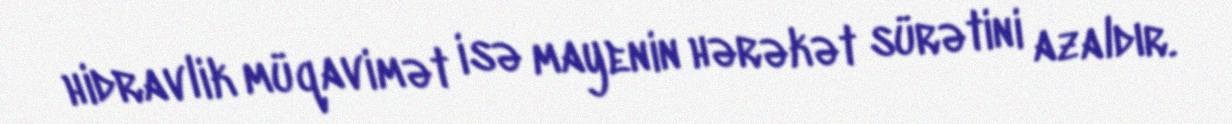
hidravlik müqavimət isə mayenin hərəkət sürətini azaldır.